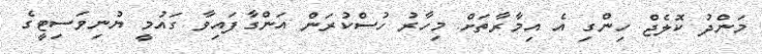
މަންދު ކޮލެޖް ހިންގި އެ އިމާރާތަށް މިހާރު ހުސްކުރަން އަންގާފައިވާ ގައުމީ ޔުނިވަސިޓީގެ